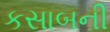
કસાબની